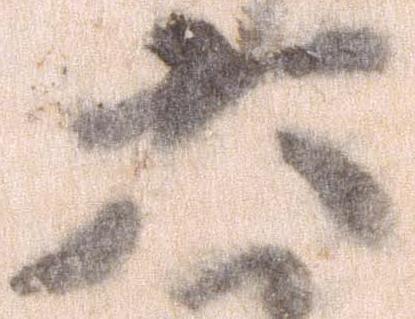
六